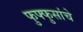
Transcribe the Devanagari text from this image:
फुफ्फुसांचे